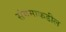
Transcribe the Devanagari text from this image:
संगमाकडील